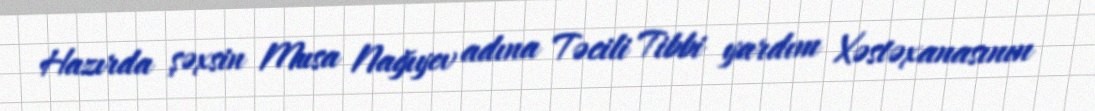
Hazırda şəxsin Musa Nağıyev adına Təcili Tibbi yardım Xəstəxanasının